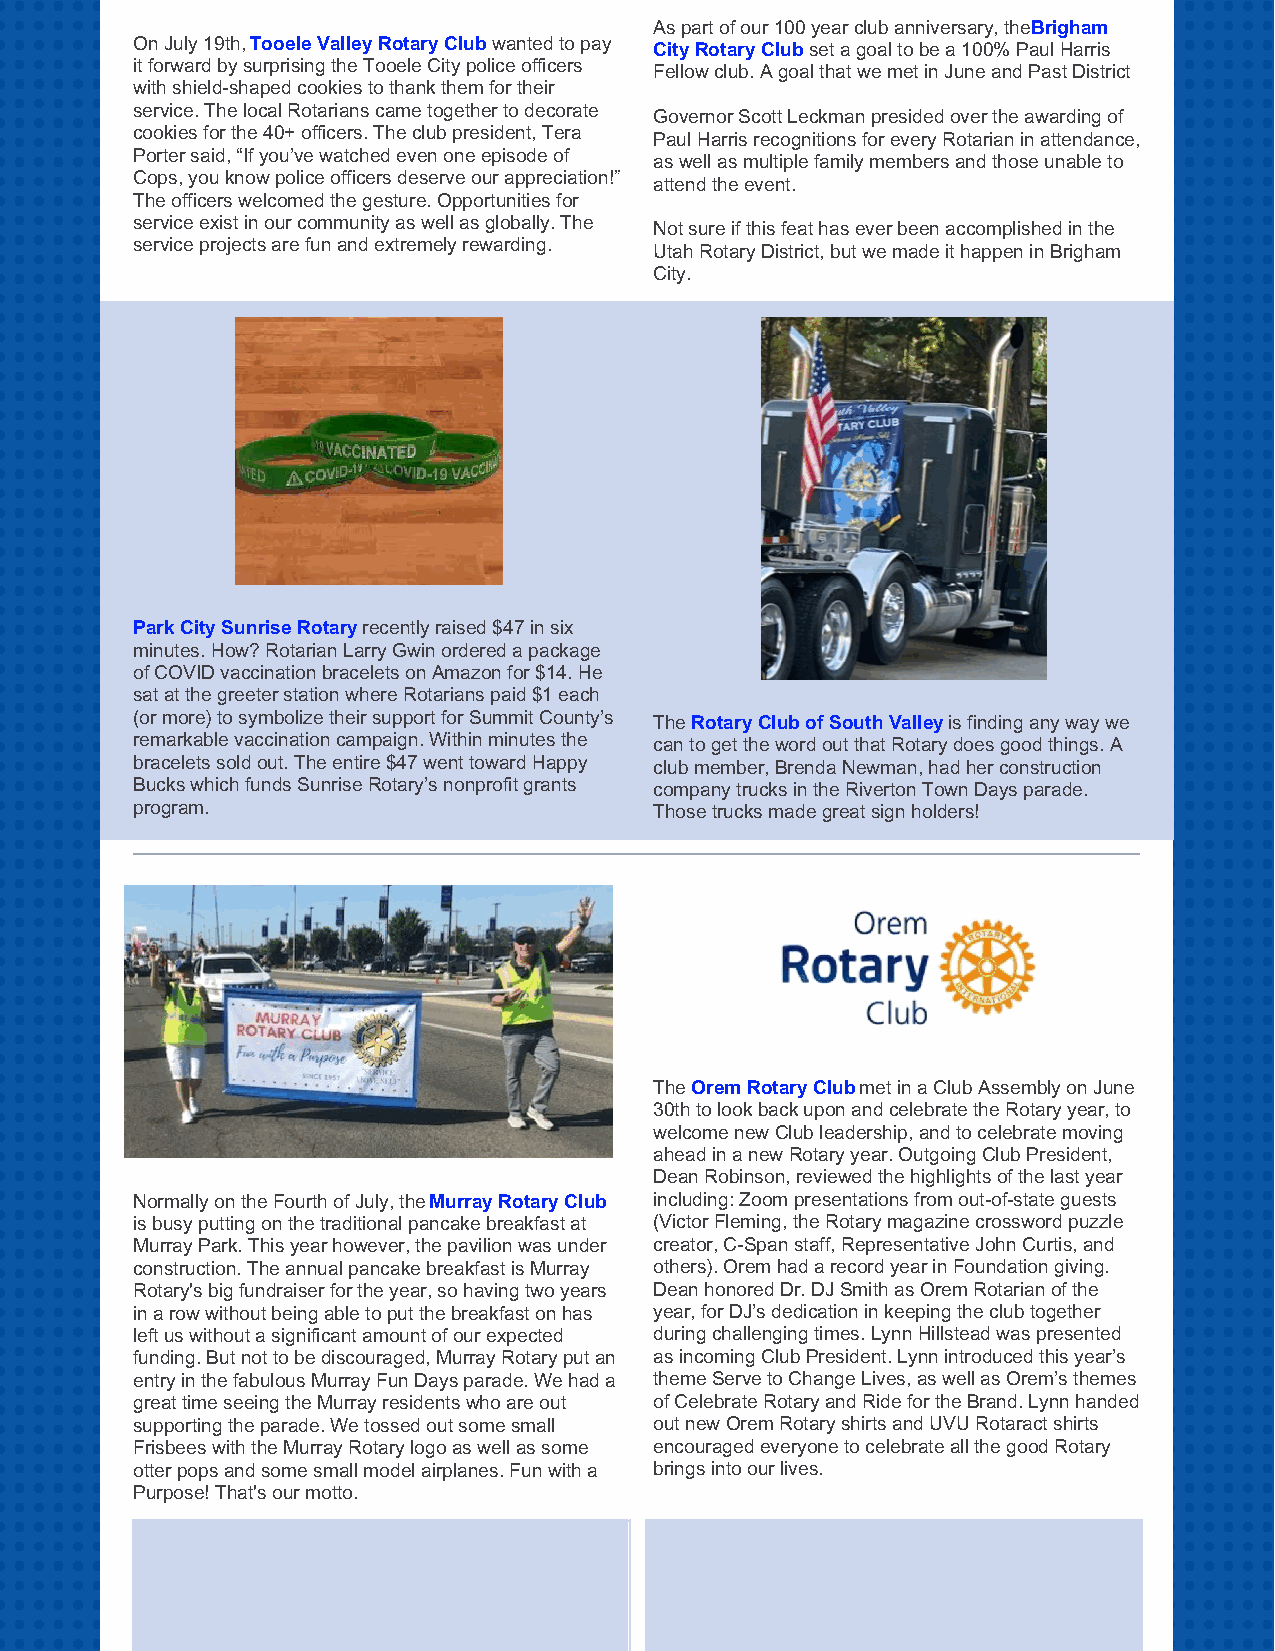
As part of our 100 year club anniversary, the Brigham
 On July 19th, Tooele Valley Rotary Club wanted to pay
 City Rotary Club set a goal to be a 100% Paul Harris
 it forward by surprising the Tooele City police officers
 Fellow club. A goal that we met in June and Past District
 with shield-shaped cookies to thank them for their
 service. The local Rotarians came together to decorate
 Governor Scott Leckman presided over the awarding of
 cookies for the 40+ officers. The club president, Tera
 Paul Harris recognitions for every Rotarian in attendance,
 Porter said, “If you’ve watched even one episode of
 as well as multiple family members and those unable to
 Cops, you know police officers deserve our appreciation!”
 attend the event.
 The officers welcomed the gesture. Opportunities for
 service exist in our community as well as globally. The
 Not sure if this feat has ever been accomplished in the
 service projects are fun and extremely rewarding.
 Utah Rotary District, but we made it happen in Brigham
 City.
 Park City Sunrise Rotary recently raised $47 in six
 minutes. How? Rotarian Larry Gwin ordered a package
 of COVID vaccination bracelets on Amazon for $14. He
 sat at the greeter station where Rotarians paid $1 each
 (or more) to symbolize their support for Summit County’s The Rotary Club of South Valley is finding any way we
 remarkable vaccination campaign. Within minutes the can to get the word out that Rotary does good things. A
 bracelets sold out. The entire $47 went toward Happy club member, Brenda Newman, had her construction
 Bucks which funds Sunrise Rotary’s nonprofit grants company trucks in the Riverton Town Days parade.
 program.                          Those trucks made great sign holders!
 The Orem Rotary Club met in a Club Assembly on June
 30th to look back upon and celebrate the Rotary year, to
 welcome new Club leadership, and to celebrate moving
 ahead in a new Rotary year. Outgoing Club President,
 Dean Robinson, reviewed the highlights of the last year
 Normally on the Fourth of July, the Murray Rotary Club including: Zoom presentations from out-of-state guests
 is busy putting on the traditional pancake breakfast at (Victor Fleming, the Rotary magazine crossword puzzle
 Murray Park. This year however, the pavilion was under creator, C-Span staff, Representative John Curtis, and
 construction. The annual pancake breakfast is Murray others). Orem had a record year in Foundation giving.
 Rotary's big fundraiser for the year, so having two years Dean honored Dr. DJ Smith as Orem Rotarian of the
 in a row without being able to put the breakfast on has year, for DJ’s dedication in keeping the club together
 left us without a significant amount of our expected during challenging times. Lynn Hillstead was presented
 funding. But not to be discouraged, Murray Rotary put an as incoming Club President. Lynn introduced this year’s
 entry in the fabulous Murray Fun Days parade. We had a theme Serve to Change Lives, as well as Orem’s themes
 great time seeing the Murray residents who are out of Celebrate Rotary and Ride for the Brand. Lynn handed
 supporting the parade. We tossed out some small out new Orem Rotary shirts and UVU Rotaract shirts
 Frisbees with the Murray Rotary logo as well as some encouraged everyone to celebrate all the good Rotary
 otter pops and some small model airplanes. Fun with a brings into our lives.
 Purpose! That's our motto.